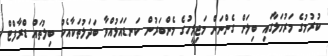
ކުރުމުގެ މަރުހަލާގައި ބިލަށް ގެންނަން މަޖިލީހުގެ މެންބަރުން ކަނޑައަޅުއްވާ ބަދަލުތަކާއެކު ބިލުތައް ޑްރާފްޓް